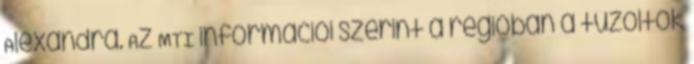
Alexandra. Az MTI információi szerint a régióban a tűzoltók